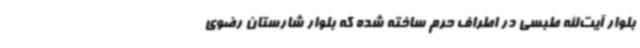
بلوار آیت‌الله طبسی در اطراف حرم ساخته شده‌ که بلوار شارستان رضوی